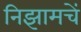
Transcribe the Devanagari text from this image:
निझामचें